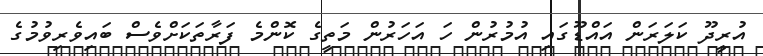
އުރީދޫ ކަލަރަން އައްޑޫގައި އުމުރުން ހަ އަަހަރުން މަތީގެ ކޮންމެ ފަރާތަކަށްވެސް ބައިވެރިވުމުގެ